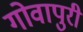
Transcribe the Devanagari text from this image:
गोवापुरी